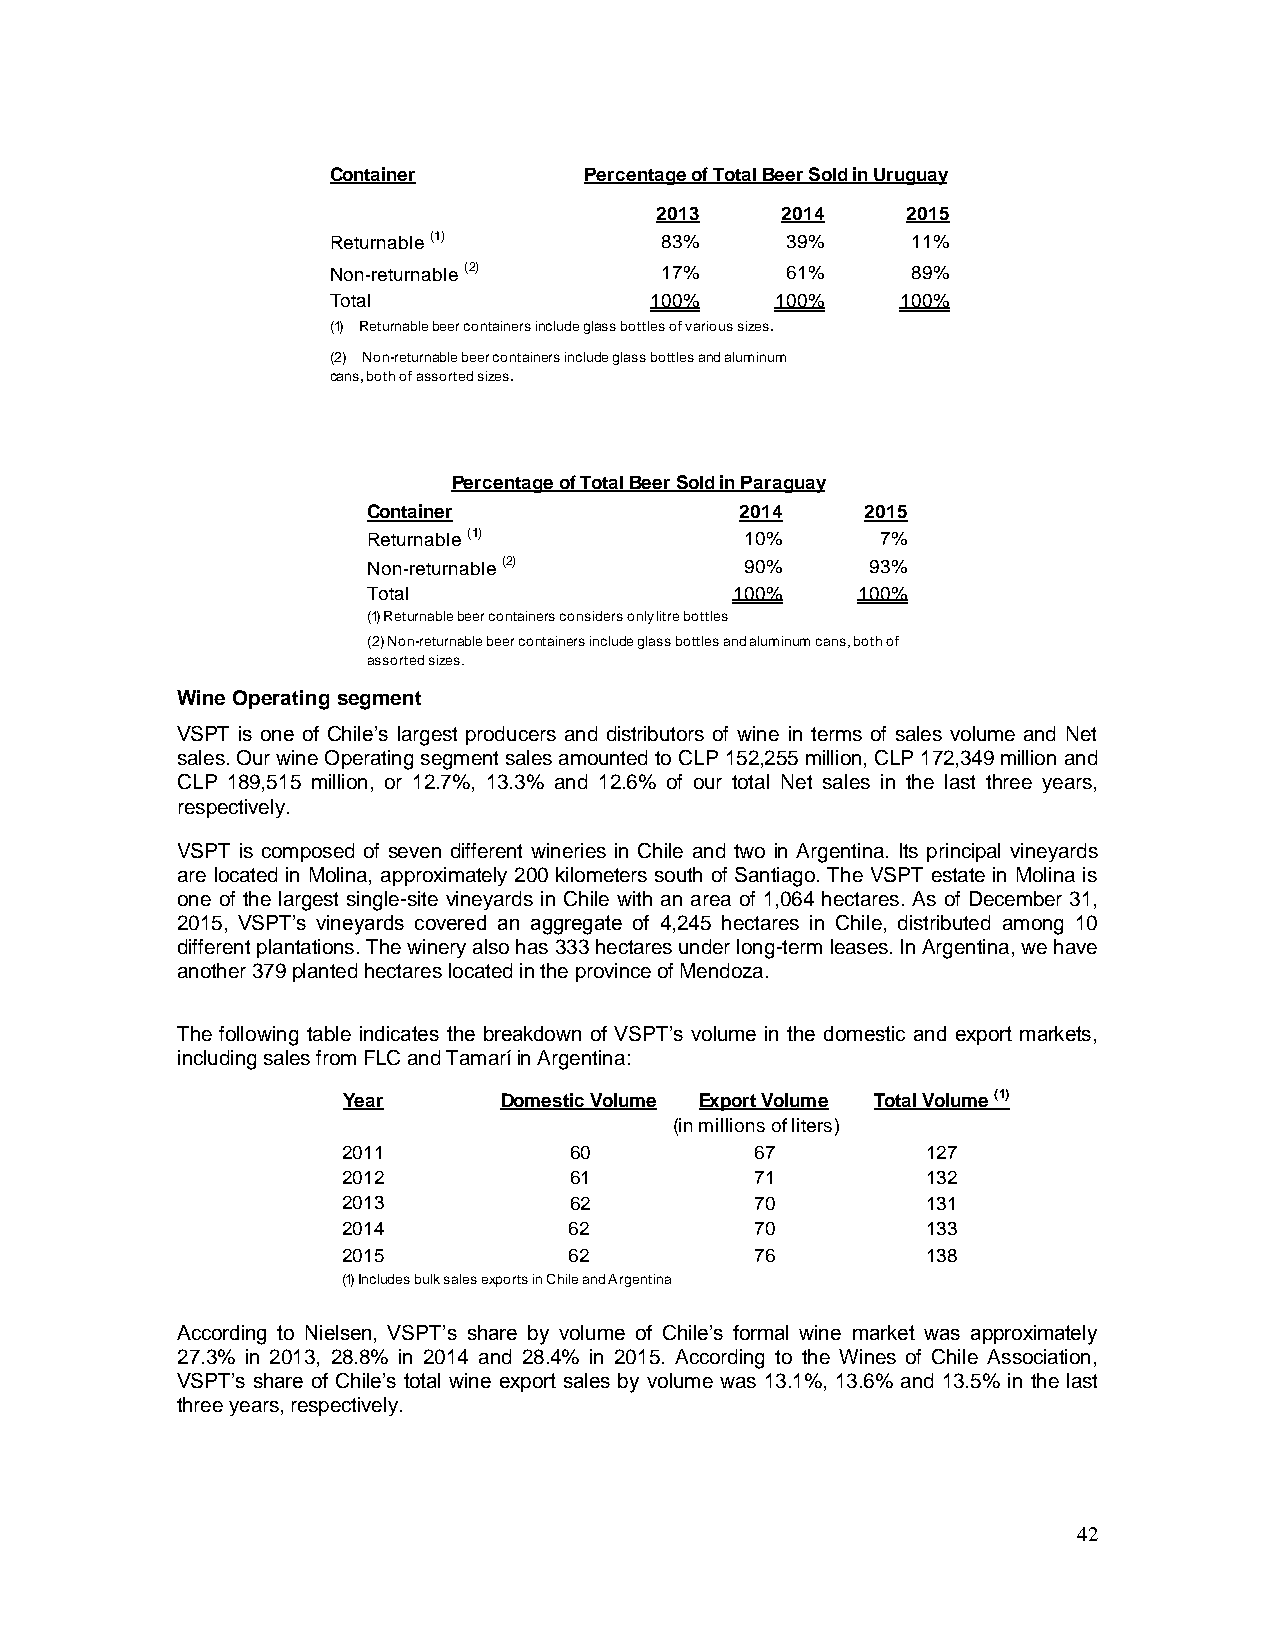
Container        Percentage of Total Beer Sold in Uruguay
 2013     2014    2015
 Returnable (1)        83%     39%     11%
 Non-returnable (2)    17%     61%     89%
 Total                100%    100%     100%
 (1) Returnable beer containers include glass bottles of various sizes.
 (2) Non-returnable beer containers include glass bottles and aluminum
 cans, both of assorted sizes.
 Percentage of Total Beer Sold in Paraguay
 Container                2014    2015
 Returnable (1)           10%      7%
 Non-returnable (2)       90%      93%
 Total                    100%    100%
 (1) Returnable beer containers considers only litre bottles
 (2) Non-returnable beer containers include glass bottles and aluminum cans, both of
 assorted sizes.
 Wine Operating segment
 VSPT is one of Chile’s largest producers and distributors of wine in terms of sales volume and Net
 sales. Our wine Operating segment sales amounted to CLP 152,255 million, CLP 172,349 million and
 CLP 189,515 million, or 12.7%, 13.3% and 12.6% of our total Net sales in the last three years,
 respectively.
 VSPT is composed of seven different wineries in Chile and two in Argentina. Its principal vineyards
 are located in Molina, approximately 200 kilometers south of Santiago. The VSPT estate in Molina is
 one of the largest single-site vineyards in Chile with an area of 1,064 hectares. As of December 31,
 2015, VSPT’s vineyards covered an aggregate of 4,245 hectares in Chile, distributed among 10
 different plantations. The winery also has 333 hectares under long-term leases. In Argentina, we have
 another 379 planted hectares located in the province of Mendoza.
 The following table indicates the breakdown of VSPT’s volume in the domestic and export markets,
 including sales from FLC and Tamarí in Argentina:
 Year      Domestic Volume Export Volume Total Volume (1)
 (in millions of liters)
 2011           60          67         127
 2012           61          71         132
 2013           62          70         131
 2014           62          70         133
 2015           62          76         138
 (1) Includes bulk sales exports in Chile and Argentina
 According to Nielsen, VSPT’s share by volume of Chile’s formal wine market was approximately
 27.3% in 2013, 28.8% in 2014 and 28.4% in 2015. According to the Wines of Chile Association,
 VSPT’s share of Chile’s total wine export sales by volume was 13.1%, 13.6% and 13.5% in the last
 three years, respectively.
 42